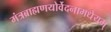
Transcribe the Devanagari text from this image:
मंत्रब्राह्मणयोर्वेदनामधेयम्